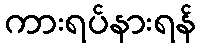
ကားရပ်နားရန်